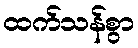
ထက်သန်စွာ